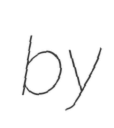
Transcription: by